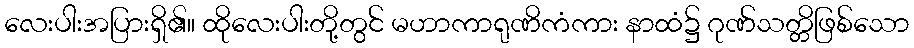
လေးပါးအပြားရှိ၏။ ထိုလေးပါးတို့တွင် မဟာကာရုဏိကံကား နာထံ၌ ဂုဏ်သတ္တိဖြစ်သော